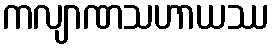
ကလျာဏသဟာယဿ